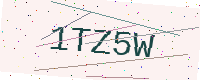
Text: 1TZ5W